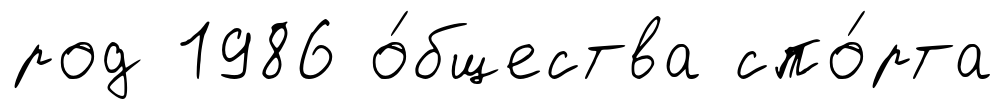
род 1986 о́бщества спо́рта